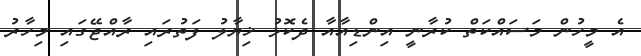
އެ މީހުން މަސައްކަތް ކުރާނީ އިންޑިއާއާ ދެކޮޅު ޚިޔާލު ފަތުރައި ރާއްޖޭގައި މިހާރު